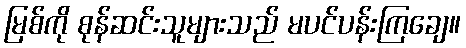
မြစ်ကို စုန်ဆင်းသူများသည် မပင်ပန်းကြချေ။